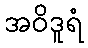
အဝိဒူရံ